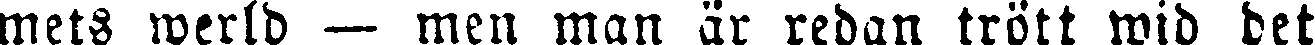
mets werld — men man är redan trött wid det